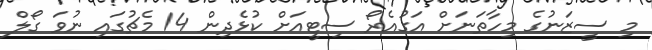
މި ސީޒަނުގެ މިހާތަނަށް އަގުއެރޯ ސިޓީއަށް ކުޅެދިން 14 މެޗުގައި ނުވަ ގޯލް